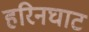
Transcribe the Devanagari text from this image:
हरिनघाट